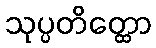
သုပ္ပတိတ္ထော